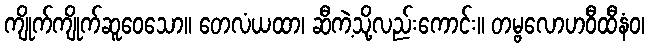
ကျိုက်ကျိုက်ဆူဝေသော။ တေလံယထာ၊ ဆီကဲ့သို့လည်းကောင်း။ တမ္ဗလောဟဝီထီနံဝ၊